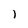
Character: 1